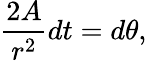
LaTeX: {\frac{2A}{r^{2}}}dt=d\theta,